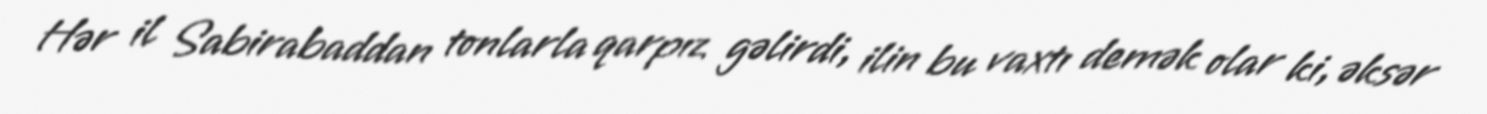
Hər il Sabirabaddan tonlarla qarpız gəlirdi, ilin bu vaxtı demək olar ki, əksər